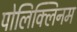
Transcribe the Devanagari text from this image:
पोलिक्लिनम